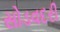
સોડવદરી